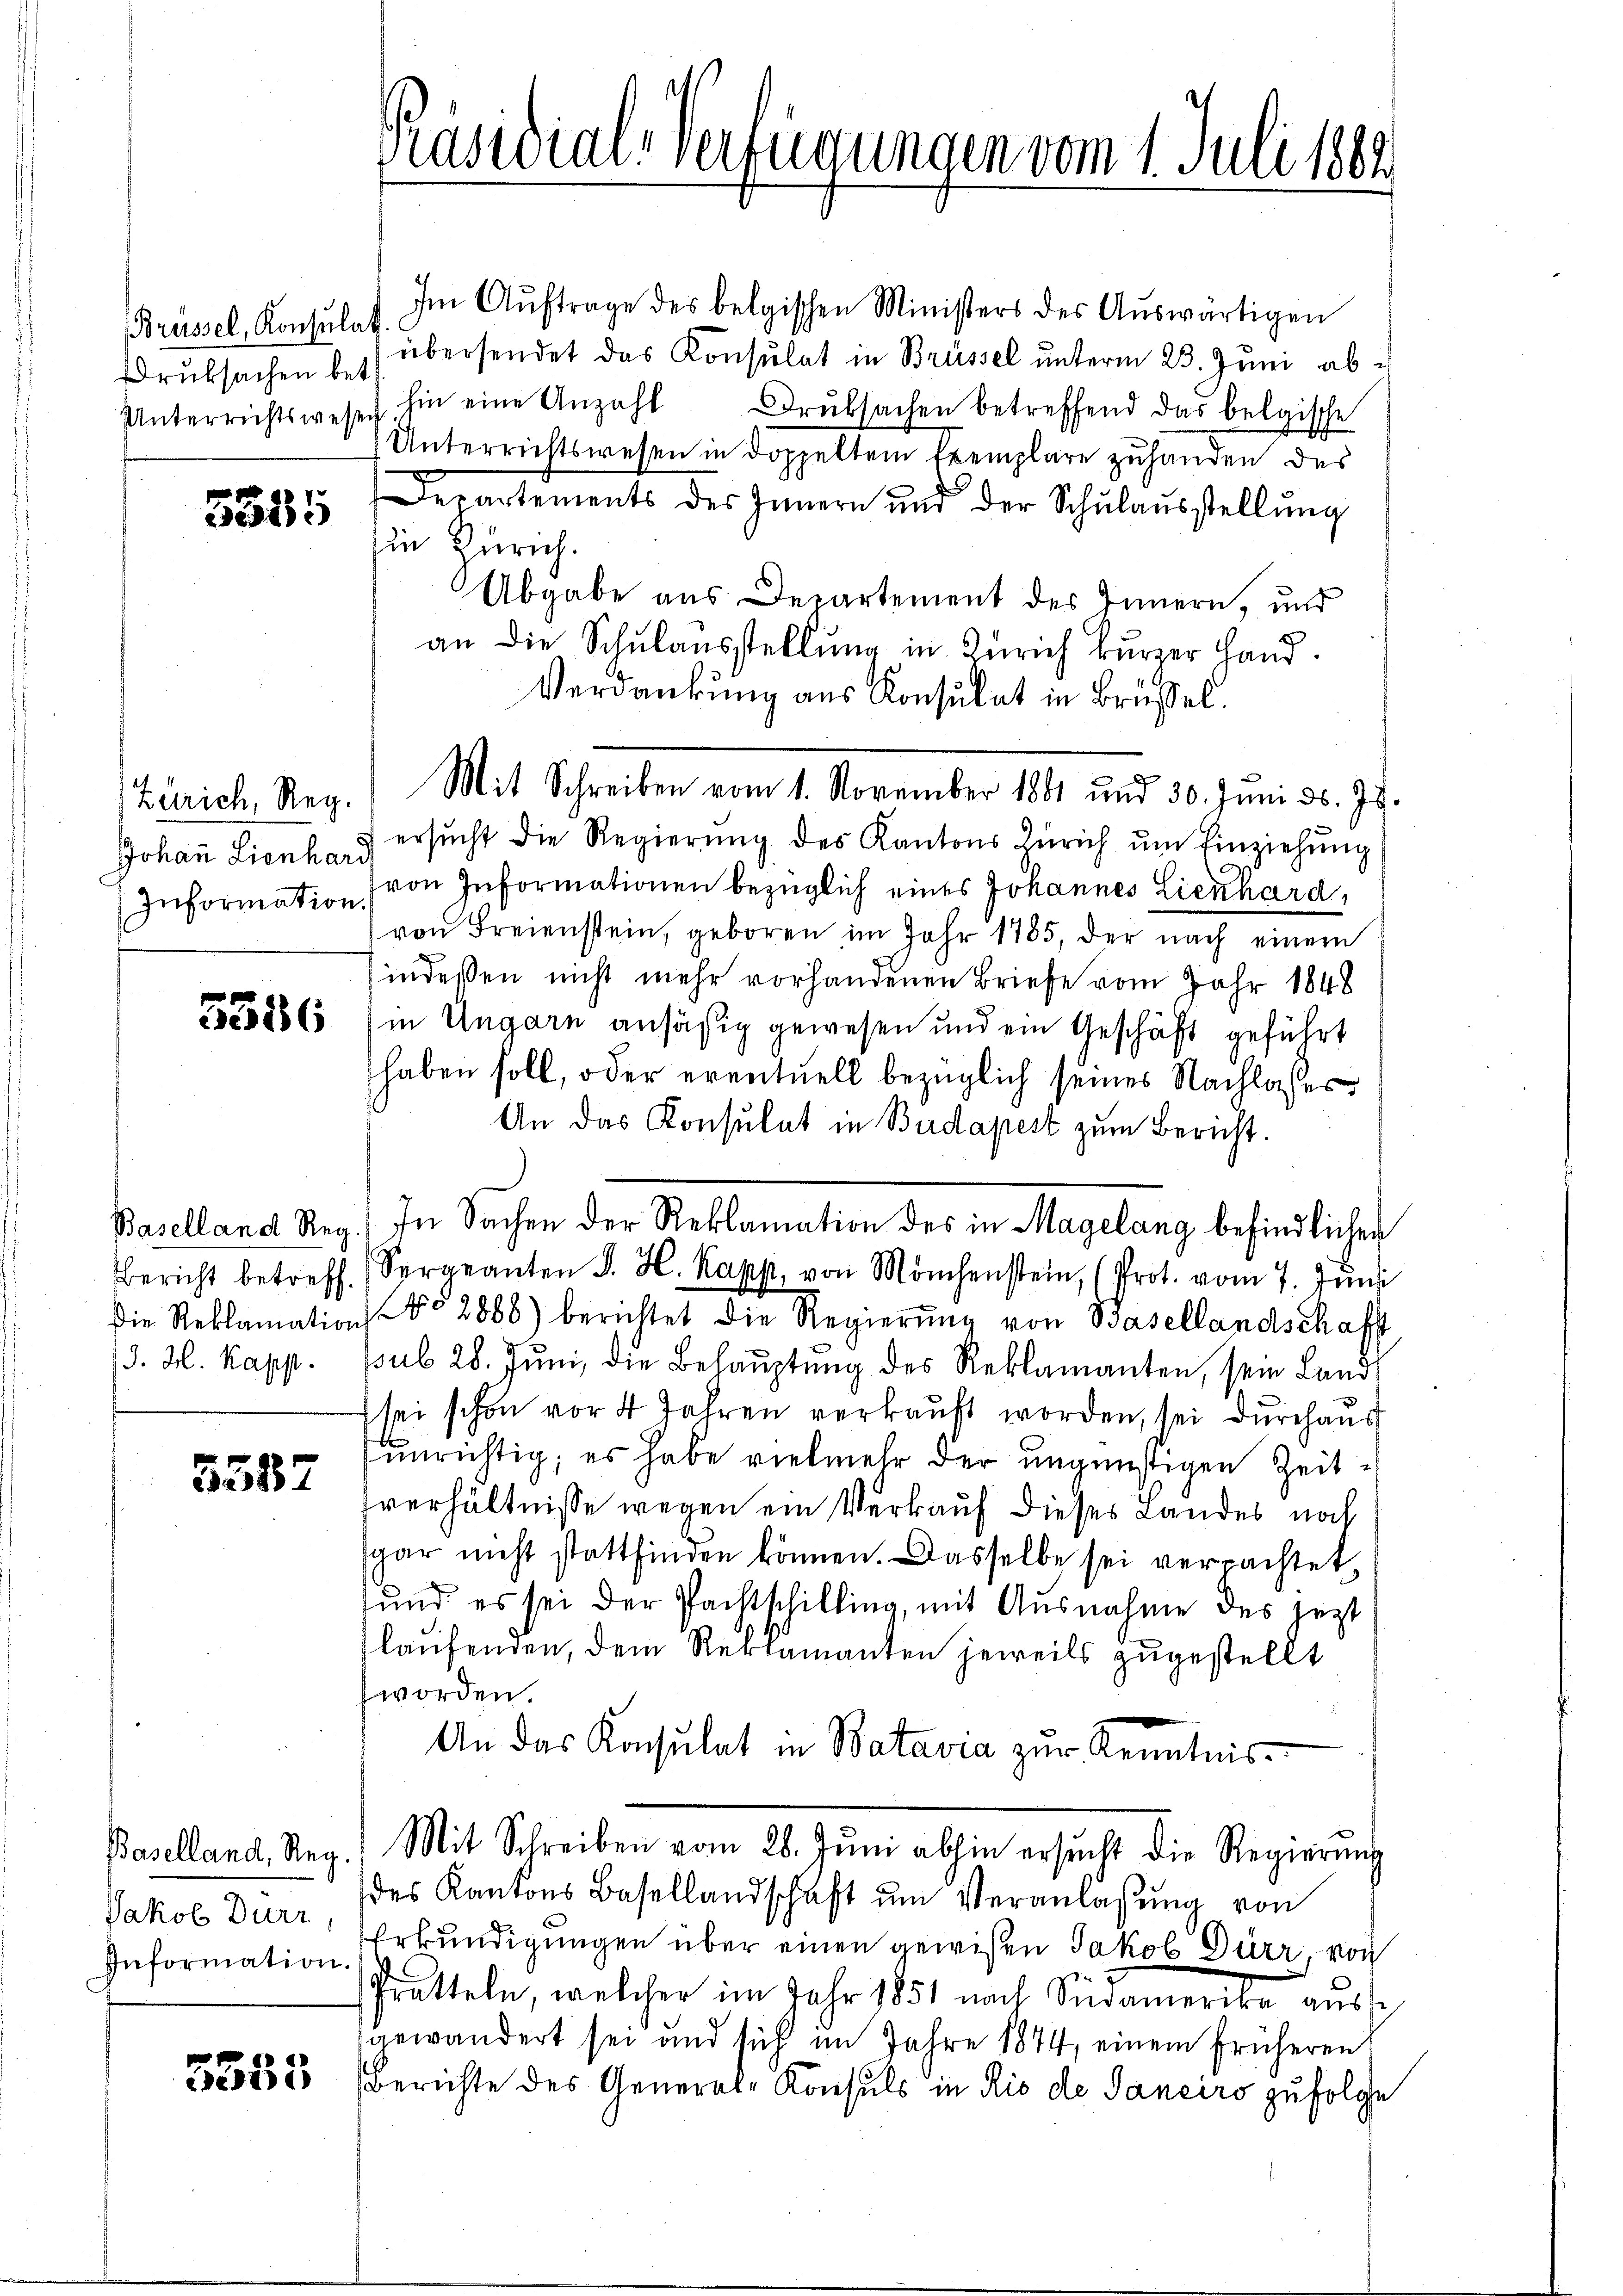
Brüssel, Konsulat
Druksachen bet

5335

Zürich, Reg.

3586

Baselland Reg.
Bericht betreff.
J. H. Kapp

5587

Baselland, Reg.
Jakob Dürr,
Information.

3535

Präsidial-Verfügungen vom 1. Juli 1882

Im Aŭftrage des belgischen Ministers des Aŭswärtigen
übersendet das Konsulat in Brüssel unterm 23. Juni abe
Unterrichtswesen hin eine Anzahl Druksachen betreffend das belgische
Unterrichtswesen in doppeltem Exemplare zuhanden des
Departements des Innern und der Schulausstellŭng
in Zürich.
Abgabe aus Departement des Innern, und
an die Schŭlaŭsstellŭng in Zürich kurzer Hand.
Verdankung aus Konsulat in Brüssel.
Mit Schreiben vom 1. November 1881 und 30. Juni d. 78.
Johan Lienhau ersŭcht die Regierŭng des Kantons Zürich ŭm Einziehŭng
Information von Informationen bezüglich eines Johannes Lienhard,
von Freienstein, geboren im Jahr 1785, der nach einem
indeßen nicht mehr vorhandenen Briefe vom Jahr 1848
in Ungarn ansäßig gewesen und ein Geschäft geführt
haben soll, oder eventuell bezüglich seines Nachlasses
An das Konsulat in Budapest zum Bericht.
In Sachen der Reklamation des in Magelang befindlichen
Sergeanten J. H. Kapp, von Mönchenstein (Prot. vom 7. Jŭni
Die Reklamation No 2888) berichtet die Regierŭng von Basellandschaft
pub 28. Jŭni, die Behauptung des Reklamanten, sein Land
sei schon vor 4 Jahren verkauft worden, sei durchaus
unrichtig; es habe vielmehr der ungünstigen Zeitsverhältnisse wegen ein Verkauf dieses Landes noch
gar nicht stattfinden können. Dasselbe sei verpachtet,
und es sei der Pachtschilling, mit Ausnahme des jezt
laufenden, dem Reklamanten jeweils zugestellt
worden.
An das Konsulat in Batavia zur Kenntnis-
Mit Schreiben vom 28. Jŭni abhin ersŭcht die Regierŭng
(des Kantons Basellandschaft um Veranlaßung von
Erkundigungen über einen gewißen Jakob Dürr, von
Pratteln, welcher im Jahr 1851 nach Südamerika aus
gewandert sei und sich im Jahre 1874, einem früheren
Berichte des General-Konsuls in Rio de Sanciro zufolge